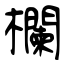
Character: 欄